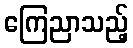
ကြေညာသည့်